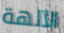
الآلهة